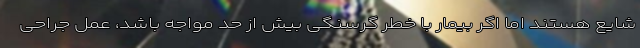
شایع هستند اما اگر بیمار با خطر گرسنگی بیش از حد مواجه باشد، عمل جراحی